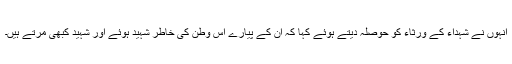
انہوں نے شہداء کے ورثاء کو حوصلہ دیتے ہوئے کہا کہ ان کے پیارے اس وطن کی خاطر شہید ہوئے اور شہید کبھی مرتے ہیں۔